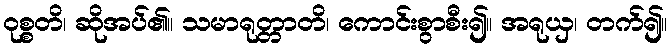
ဝုစ္စတိ၊ ဆိုအပ်၏။ သမာရုတ္တာတိ၊ ကောင်းစွာစီး၍။ အရုယှ၊ တက်၍။